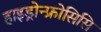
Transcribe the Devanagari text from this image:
हाइड्रोन्फ्रोसिसि